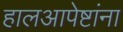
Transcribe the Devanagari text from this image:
हालआपेष्टांना